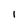
Character: l